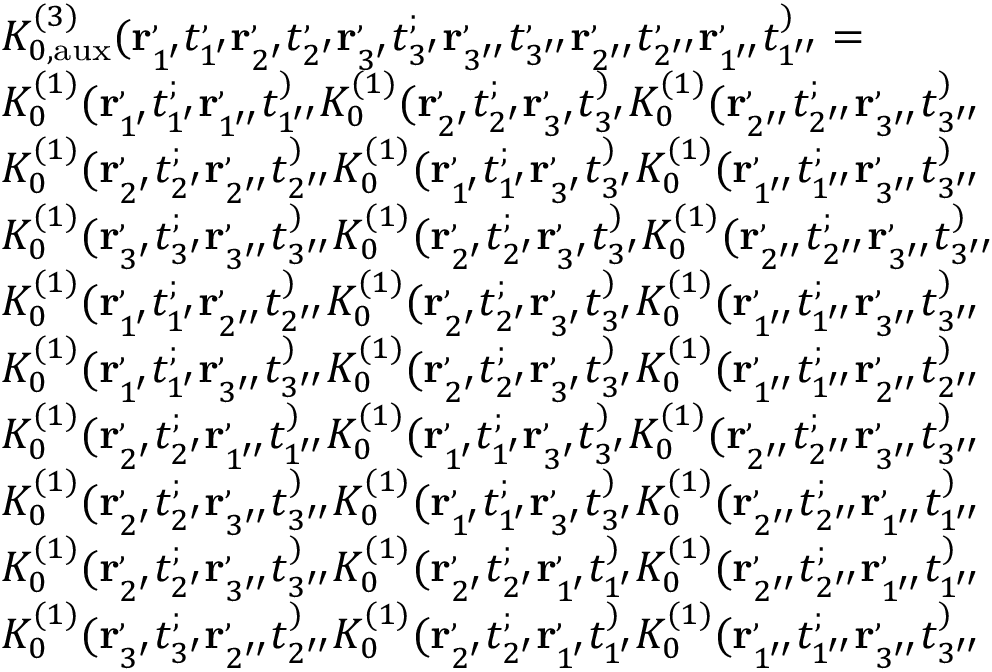
\begin{array} { r l } & { K _ { 0 , \mathrm { a u x } } ^ { ( 3 ) } ( \mathbf { r } _ { 1 ^ { \prime } } ^ , t _ { 1 ^ { \prime } } ^ , \mathbf { r } _ { 2 ^ { \prime } } ^ , t _ { 2 ^ { \prime } } ^ , \mathbf { r } _ { 3 ^ { \prime } } ^ , t _ { 3 ^ { \prime } } ^ ; \mathbf { r } _ { 3 ^ { \prime \prime } } ^ , t _ { 3 ^ { \prime \prime } } ^ , \mathbf { r } _ { 2 ^ { \prime \prime } } ^ , t _ { 2 ^ { \prime \prime } } ^ , \mathbf { r } _ { 1 ^ { \prime \prime } } ^ , t _ { 1 ^ { \prime \prime } } ^ ) = } \\ & { K _ { 0 } ^ { ( 1 ) } ( \mathbf { r } _ { 1 ^ { \prime } } ^ , t _ { 1 ^ { \prime } } ^ ; \mathbf { r } _ { 1 ^ { \prime \prime } } ^ , t _ { 1 ^ { \prime \prime } } ^ ) K _ { 0 } ^ { ( 1 ) } ( \mathbf { r } _ { 2 ^ { \prime } } ^ , t _ { 2 ^ { \prime } } ^ ; \mathbf { r } _ { 3 ^ { \prime } } ^ , t _ { 3 ^ { \prime } } ^ ) K _ { 0 } ^ { ( 1 ) } ( \mathbf { r } _ { 2 ^ { \prime \prime } } ^ , t _ { 2 ^ { \prime \prime } } ^ ; \mathbf { r } _ { 3 ^ { \prime \prime } } ^ , t _ { 3 ^ { \prime \prime } } ^ ) } \\ & { K _ { 0 } ^ { ( 1 ) } ( \mathbf { r } _ { 2 ^ { \prime } } ^ , t _ { 2 ^ { \prime } } ^ ; \mathbf { r } _ { 2 ^ { \prime \prime } } ^ , t _ { 2 ^ { \prime \prime } } ^ ) K _ { 0 } ^ { ( 1 ) } ( \mathbf { r } _ { 1 ^ { \prime } } ^ , t _ { 1 ^ { \prime } } ^ ; \mathbf { r } _ { 3 ^ { \prime } } ^ , t _ { 3 ^ { \prime } } ^ ) K _ { 0 } ^ { ( 1 ) } ( \mathbf { r } _ { 1 ^ { \prime \prime } } ^ , t _ { 1 ^ { \prime \prime } } ^ ; \mathbf { r } _ { 3 ^ { \prime \prime } } ^ , t _ { 3 ^ { \prime \prime } } ^ ) } \\ & { K _ { 0 } ^ { ( 1 ) } ( \mathbf { r } _ { 3 ^ { \prime } } ^ , t _ { 3 ^ { \prime } } ^ ; \mathbf { r } _ { 3 ^ { \prime \prime } } ^ , t _ { 3 ^ { \prime \prime } } ^ ) K _ { 0 } ^ { ( 1 ) } ( \mathbf { r } _ { 2 ^ { \prime } } ^ , t _ { 2 ^ { \prime } } ^ ; \mathbf { r } _ { 3 ^ { \prime } } ^ , t _ { 3 ^ { \prime } } ^ ) K _ { 0 } ^ { ( 1 ) } ( \mathbf { r } _ { 2 ^ { \prime \prime } } ^ , t _ { 2 ^ { \prime \prime } } ^ ; \mathbf { r } _ { 3 ^ { \prime \prime } } ^ , t _ { 3 ^ { \prime \prime } } ^ ) } \\ & { K _ { 0 } ^ { ( 1 ) } ( \mathbf { r } _ { 1 ^ { \prime } } ^ , t _ { 1 ^ { \prime } } ^ ; \mathbf { r } _ { 2 ^ { \prime \prime } } ^ , t _ { 2 ^ { \prime \prime } } ^ ) K _ { 0 } ^ { ( 1 ) } ( \mathbf { r } _ { 2 ^ { \prime } } ^ , t _ { 2 ^ { \prime } } ^ ; \mathbf { r } _ { 3 ^ { \prime } } ^ , t _ { 3 ^ { \prime } } ^ ) K _ { 0 } ^ { ( 1 ) } ( \mathbf { r } _ { 1 ^ { \prime \prime } } ^ , t _ { 1 ^ { \prime \prime } } ^ ; \mathbf { r } _ { 3 ^ { \prime \prime } } ^ , t _ { 3 ^ { \prime \prime } } ^ ) } \\ & { K _ { 0 } ^ { ( 1 ) } ( \mathbf { r } _ { 1 ^ { \prime } } ^ , t _ { 1 ^ { \prime } } ^ ; \mathbf { r } _ { 3 ^ { \prime \prime } } ^ , t _ { 3 ^ { \prime \prime } } ^ ) K _ { 0 } ^ { ( 1 ) } ( \mathbf { r } _ { 2 ^ { \prime } } ^ , t _ { 2 ^ { \prime } } ^ ; \mathbf { r } _ { 3 ^ { \prime } } ^ , t _ { 3 ^ { \prime } } ^ ) K _ { 0 } ^ { ( 1 ) } ( \mathbf { r } _ { 1 ^ { \prime \prime } } ^ , t _ { 1 ^ { \prime \prime } } ^ ; \mathbf { r } _ { 2 ^ { \prime \prime } } ^ , t _ { 2 ^ { \prime \prime } } ^ ) } \\ & { K _ { 0 } ^ { ( 1 ) } ( \mathbf { r } _ { 2 ^ { \prime } } ^ , t _ { 2 ^ { \prime } } ^ ; \mathbf { r } _ { 1 ^ { \prime \prime } } ^ , t _ { 1 ^ { \prime \prime } } ^ ) K _ { 0 } ^ { ( 1 ) } ( \mathbf { r } _ { 1 ^ { \prime } } ^ , t _ { 1 ^ { \prime } } ^ ; \mathbf { r } _ { 3 ^ { \prime } } ^ , t _ { 3 ^ { \prime } } ^ ) K _ { 0 } ^ { ( 1 ) } ( \mathbf { r } _ { 2 ^ { \prime \prime } } ^ , t _ { 2 ^ { \prime \prime } } ^ ; \mathbf { r } _ { 3 ^ { \prime \prime } } ^ , t _ { 3 ^ { \prime \prime } } ^ ) } \\ & { K _ { 0 } ^ { ( 1 ) } ( \mathbf { r } _ { 2 ^ { \prime } } ^ , t _ { 2 ^ { \prime } } ^ ; \mathbf { r } _ { 3 ^ { \prime \prime } } ^ , t _ { 3 ^ { \prime \prime } } ^ ) K _ { 0 } ^ { ( 1 ) } ( \mathbf { r } _ { 1 ^ { \prime } } ^ , t _ { 1 ^ { \prime } } ^ ; \mathbf { r } _ { 3 ^ { \prime } } ^ , t _ { 3 ^ { \prime } } ^ ) K _ { 0 } ^ { ( 1 ) } ( \mathbf { r } _ { 2 ^ { \prime \prime } } ^ , t _ { 2 ^ { \prime \prime } } ^ ; \mathbf { r } _ { 1 ^ { \prime \prime } } ^ , t _ { 1 ^ { \prime \prime } } ^ ) } \\ & { K _ { 0 } ^ { ( 1 ) } ( \mathbf { r } _ { 2 ^ { \prime } } ^ , t _ { 2 ^ { \prime } } ^ ; \mathbf { r } _ { 3 ^ { \prime \prime } } ^ , t _ { 3 ^ { \prime \prime } } ^ ) K _ { 0 } ^ { ( 1 ) } ( \mathbf { r } _ { 2 ^ { \prime } } ^ , t _ { 2 ^ { \prime } } ^ ; \mathbf { r } _ { 1 ^ { \prime } } ^ , t _ { 1 ^ { \prime } } ^ ) K _ { 0 } ^ { ( 1 ) } ( \mathbf { r } _ { 2 ^ { \prime \prime } } ^ , t _ { 2 ^ { \prime \prime } } ^ ; \mathbf { r } _ { 1 ^ { \prime \prime } } ^ , t _ { 1 ^ { \prime \prime } } ^ ) } \\ & { K _ { 0 } ^ { ( 1 ) } ( \mathbf { r } _ { 3 ^ { \prime } } ^ , t _ { 3 ^ { \prime } } ^ ; \mathbf { r } _ { 2 ^ { \prime \prime } } ^ , t _ { 2 ^ { \prime \prime } } ^ ) K _ { 0 } ^ { ( 1 ) } ( \mathbf { r } _ { 2 ^ { \prime } } ^ , t _ { 2 ^ { \prime } } ^ ; \mathbf { r } _ { 1 ^ { \prime } } ^ , t _ { 1 ^ { \prime } } ^ ) K _ { 0 } ^ { ( 1 ) } ( \mathbf { r } _ { 1 ^ { \prime \prime } } ^ , t _ { 1 ^ { \prime \prime } } ^ ; \mathbf { r } _ { 3 ^ { \prime \prime } } ^ , t _ { 3 ^ { \prime \prime } } ^ ) } \\ & { } \end{array}